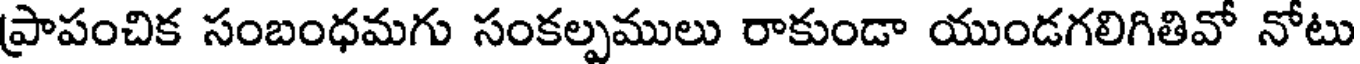
ప్రాపంచిక సంబంధమగు సంకల్పములు రాకుండా యుండగలిగితివో నోటు